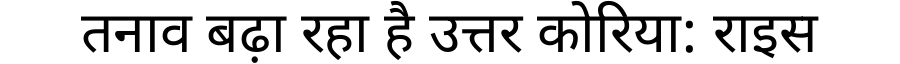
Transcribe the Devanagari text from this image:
तनाव बढ़ा रहा है उत्तर कोरिया: राइस